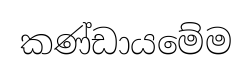
කණ්ඩායමේම